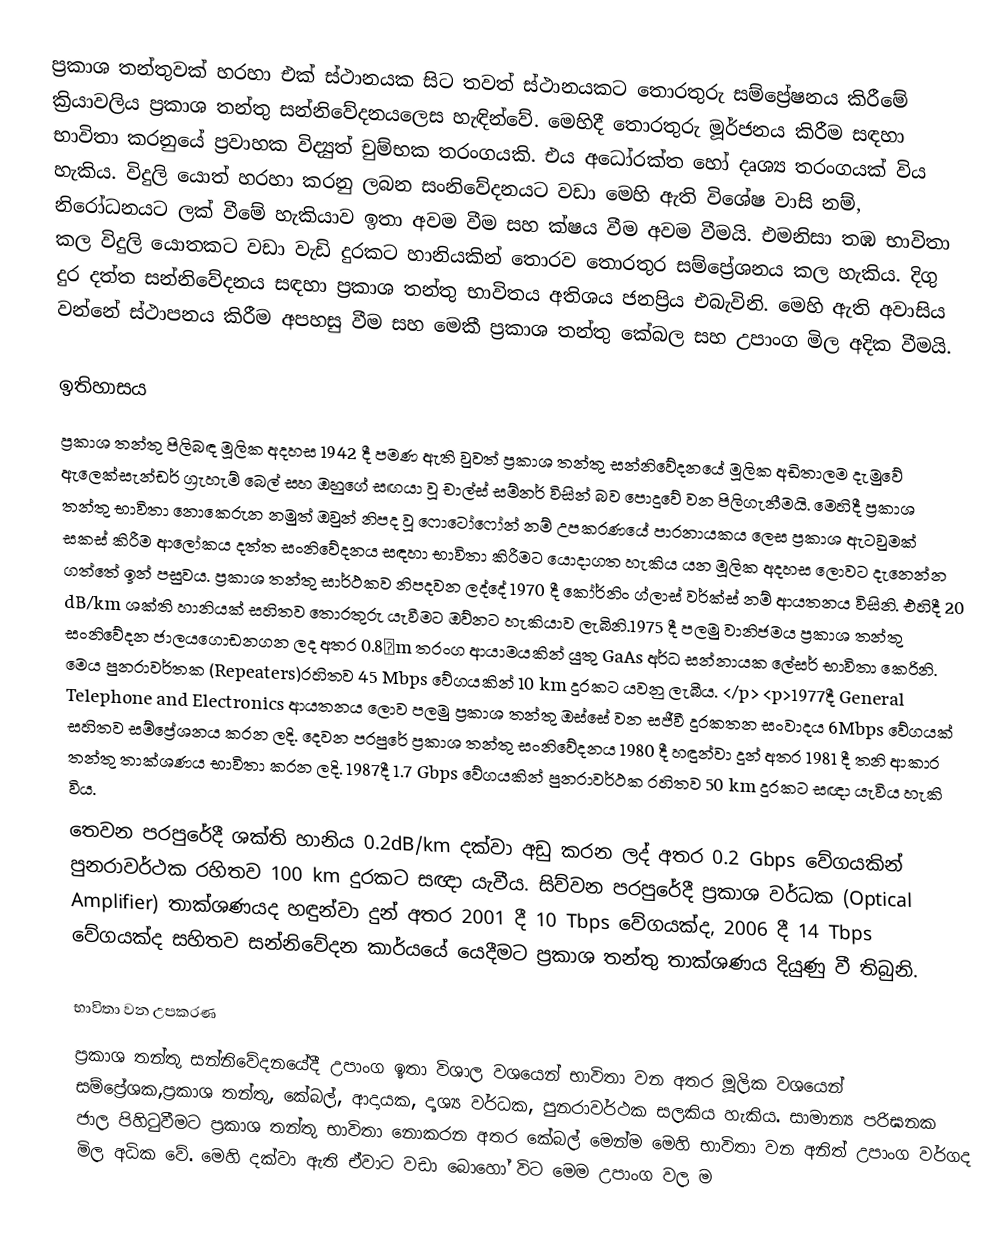
ප්‍රකාශ තන්තුවක් හරහා එක් ස්ථානයක සිට තවත් ස්ථානයකට තොරතුරු සම්ප්‍රේෂනය කිරීමේ ක්‍රියාවලිය ප්‍රකාශ තන්තු සන්නිවේදනයලෙස හැඳින්වේ. මෙහිදී තොරතුරු මූර්ජනය කිරීම සඳහා භාවිතා කරනුයේ ප්‍රවාහක විද්‍යුත් චුම්භක තරංගයකි. එය අධෝරක්ත හෝ දෘශ්‍ය තරංගයක් විය හැකිය. විදුලි යොත් හරහා කරනු ලබන සංනිවේදනයට වඩා මෙහි ඇති විශේෂ වාසි නම්, නිරෝධනයට ලක් වීමේ හැකියාව ඉතා අවම වීම සහ ක්ෂය වීම අවම වීමයි. එමනිසා තඹ භාවිතා කල විදුලි යොතකට වඩා වැඩි දුරකට හානියකින් තොරව තොරතුර සම්ප්‍රේශනය කල හැකිය. දිගු දුර දත්ත සන්නිවේදනය සඳහා ප්‍රකාශ තන්තු භාවිතය අතිශය ජනප්‍රිය එබැවිනි. මෙහි ඇති අවාසිය වන්නේ ස්ථාපනය කිරීම අපහසු වීම සහ මෙකී ප්‍රකාශ තන්තු කේබල සහ උපාංග මිල අදික වීමයි.

ඉතිහාසය
ප්‍රකාශ තන්තු පිලිබඳ මූලික අදහස 1942 දී පමණ ඇති වුවත් ප්‍රකාශ තන්තු සන්නිවේදනයේ මූලික අඩිතාලම දැමුවේ ඇලෙක්සැන්ඩර් ග්‍රැහැම් බෙල් සහ ඔහුගේ සඟයා වූ චාල්ස් සම්නර් විසින් බව පොදුවේ වන පිලිගැනීමයි. මෙහිදී ප්‍රකාශ තන්තු භාවිතා නොකෙරුන නමුත් ඔවුන් නිපද වූ ෆොටෝෆෝන් නම් උපකරණයේ පාරනායකය ලෙස ප්‍රකාශ ඇටවුමක් සකස් කිරීම ආලෝකය දත්ත සංනිවේදනය සඳහා භාවිතා කිරීමට යොදාගත හැකිය යන මූලික අදහස ලොවට දැනෙන්න ගත්තේ ඉන් පසුවය. ප්‍රකාශ තන්තු සාර්ථකව නිපදවන ලද්දේ 1970 දී කෝර්නිං ග්ලාස් වර්ක්ස් නම් ආයතනය විසිනි. එහිදී 20 dB/km ශක්ති හානියක් සහිතව තොරතුරු යැවීමට ඔව්නට හැකියාව ලැබිනි.1975 දී පලමු වානිජමය ප්‍රකාශ තන්තු සංනිවේදන ජාලයගොඩනගන ලද අතර 0.8µm තරංග ආයාමයකින් යුතු GaAs අර්ධ සන්නායක ලේසර් භාවිතා කෙරිනි. මෙය පුනරාවර්තක (Repeaters)රහිතව 45 Mbps වේගයකින් 10 km දුරකට යවනු ලැබීය. </p> <p>1977දී General Telephone and Electronics ආයතනය ලොව පලමු ප්‍රකාශ තන්තු ඔස්සේ වන සජීවී දුරකතන සංවාදය 6Mbps වේගයක් සහිතව සම්ප්‍රේශනය කරන ලදි. දෙවන පරපුරේ ප්‍රකාශ තන්තු සංනිවේදනය 1980 දී හඳුන්වා දුන් අතර 1981 දී තනි ආකාර තන්තු තාක්ශණය භාවිතා කරන ලදි. 1987දී 1.7 Gbps වේගයකින් පුනරාවර්ථක රහිතව 50 km  දුරකට සඥා යැවිය හැකි විය.
තෙවන පරපුරේදී ශක්ති හානිය 0.2dB/km දක්වා අඩු කරන ලද් අතර 0.2 Gbps වේගයකින් පුනරාවර්ථක රහිතව 100 km  දුරකට සඥා යැවීය. සිව්වන පරපුරේදී ප්‍රකාශ වර්ධක (Optical Amplifier) තාක්ශණයද හඳුන්වා දුන් අතර 2001 දී 10 Tbps වේගයක්ද, 2006 දී 14 Tbps වේගයක්ද සහිතව සන්නිවේදන කාර්යයේ යෙදීමට ප්‍රකාශ තන්තු තාක්ශණය දියුණු වී තිබුනි.

භාවිතා වන උපකරණ
ප්‍රකාශ තන්තු සන්නිවේදනයේදී උපාංග ඉතා විශාල වශයෙන් භාවිතා වන අතර මූලික වශයෙන් සම්ප්‍රේශක,ප්‍රකාශ තන්තු, කේබල්, ආදායක, දෘශ්‍ය වර්ධක, පුනරාවර්ථක සලකිය හැකිය. සාමාන්‍ය පරිඝනක ජාල පිහි‍ටුවීමට ප්‍රකාශ තන්තු භාවිතා නොකරන අතර කේබල් මෙන්ම මෙහි භාවිතා වන අනිත් උපාංග වර්ගද මිල අධික වේ. මෙහි දක්වා ඇති ඒවාට වඩා බොහෝ විට මෙම උපාංග වල ම